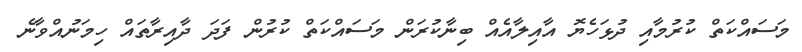
މަސައްކަތް ކުރުމާއި ދުޅަހެޔޮ އާއިލާއެއް ބިނާކުރަން މަސައްކަތް ކުރުން ފަދަ ދާއިރާތައް ހިމަނުއްވާނެ